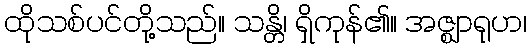
ထိုသစ်ပင်တို့သည်။ သန္တိ၊ ရှိကုန်၏။ အဇ္ဈာရုဟ၊